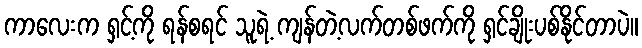
ကာလေးက ရှင့်ကို ရန်စရင် သူရဲ့ ကျန်တဲ့လက်တစ်ဖက်ကို ရှင်ချိုးပစ်နိုင်တာပဲ။